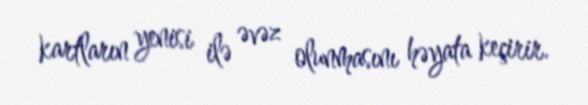
kartların yenisi ilə əvəz olunmasını həyata keçirir.